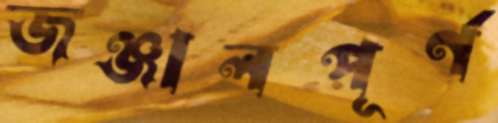
জঞ্জালপূর্ণ